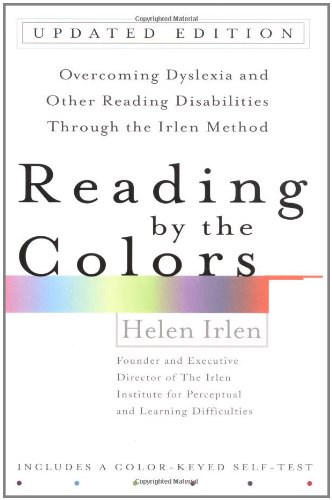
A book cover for Reading by the Colors (Revised); Helen Irlen; Parenting & Relationships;